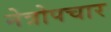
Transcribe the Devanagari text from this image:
नेत्रोपचार